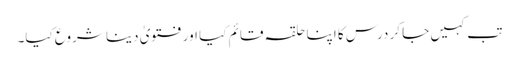
تب کہیں جا کر درس کا اپنا حلقہ قائم کیا اور فتویٰ دینا شروع کیا۔